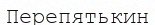
Перепятькин